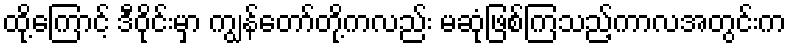
ထို့ကြောင့် ဒီဝိုင်းမှာ ကျွန်တော်တို့ကလည်း မဆုံဖြစ်ကြသည့်ကာလအတွင်းက